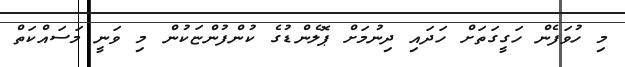
މި ހުވަފެން ހަގީގަތަށް ހަދައި ދިނުމަށް ޕޮލެންޑުގެ ކުންފުންޏަކުން މި ވަނީ މަސައްކަތް